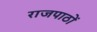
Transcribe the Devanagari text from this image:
राजपाठों